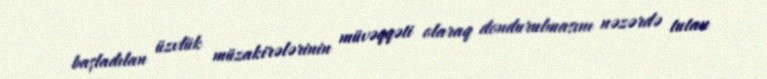
başladılan üzvlük müzakirələrinin müvəqqəti olaraq dondurulmasını nəzərdə tutan